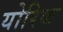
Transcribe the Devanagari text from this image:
योरिक